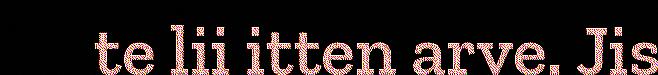
te lii itten arve. Jis